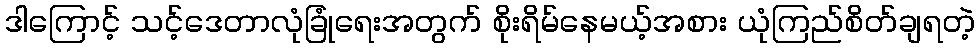
ဒါကြောင့် သင့်ဒေတာလုံခြုံရေးအတွက် စိုးရိမ်နေမယ့်အစား ယုံကြည်စိတ်ချရတဲ့